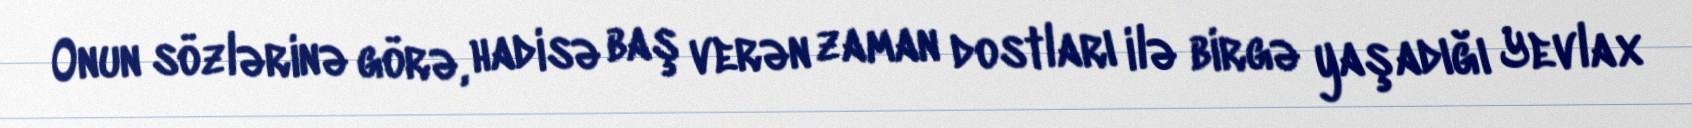
Onun sözlərinə görə, hadisə baş verən zaman dostları ilə birgə yaşadığı Yevlax